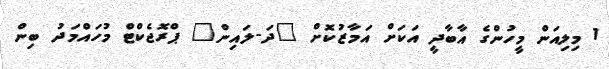
1 މިލިއަން މީހުންގެ އާބާދީ އަކަށް އަމާޒުކޮށް "ދަ-ލައިން" ޕްރޮޖެކްޓް މުހައްމަދު ބިން